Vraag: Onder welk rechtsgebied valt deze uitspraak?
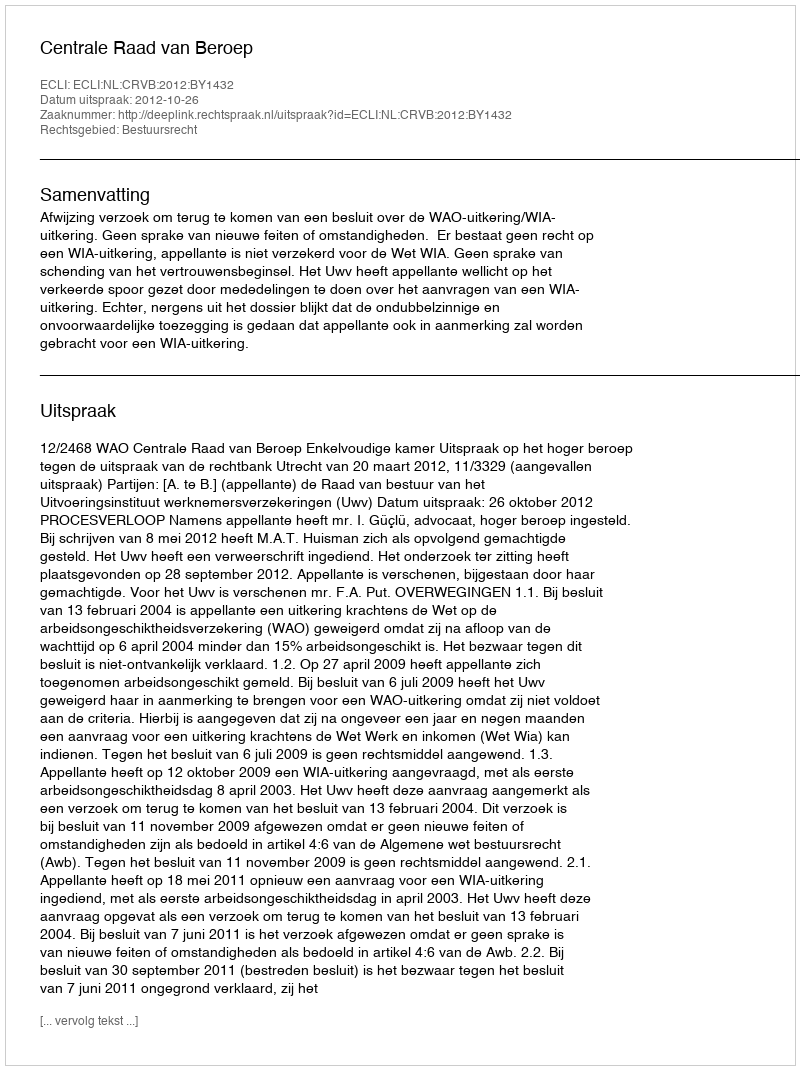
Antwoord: Bestuursrecht